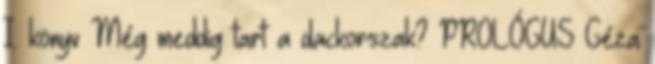
I. könyv Még meddig tart a dackorszak? PROLÓGUS Géza